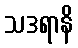
သဒရာနိ